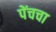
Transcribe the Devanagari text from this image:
पेंचचा